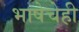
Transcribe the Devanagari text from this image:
भाषेचेही